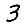
Digit: 3